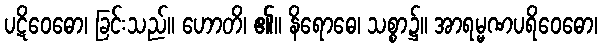
ပဋိဝေဓော၊ ခြင်းသည်။ ဟောတိ၊ ၏။ နိရောဓေ၊ သစ္စာ၌။ အာရမ္မဏပရိဝေဓော၊